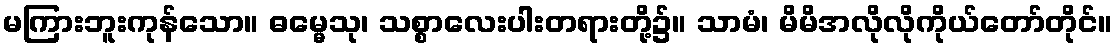
မကြားဘူးကုန်သော။ ဓမ္မေသု၊ သစ္စာလေးပါးတရားတို့၌။ သာမံ၊ မိမိအလိုလိုကိုယ်တော်တိုင်။